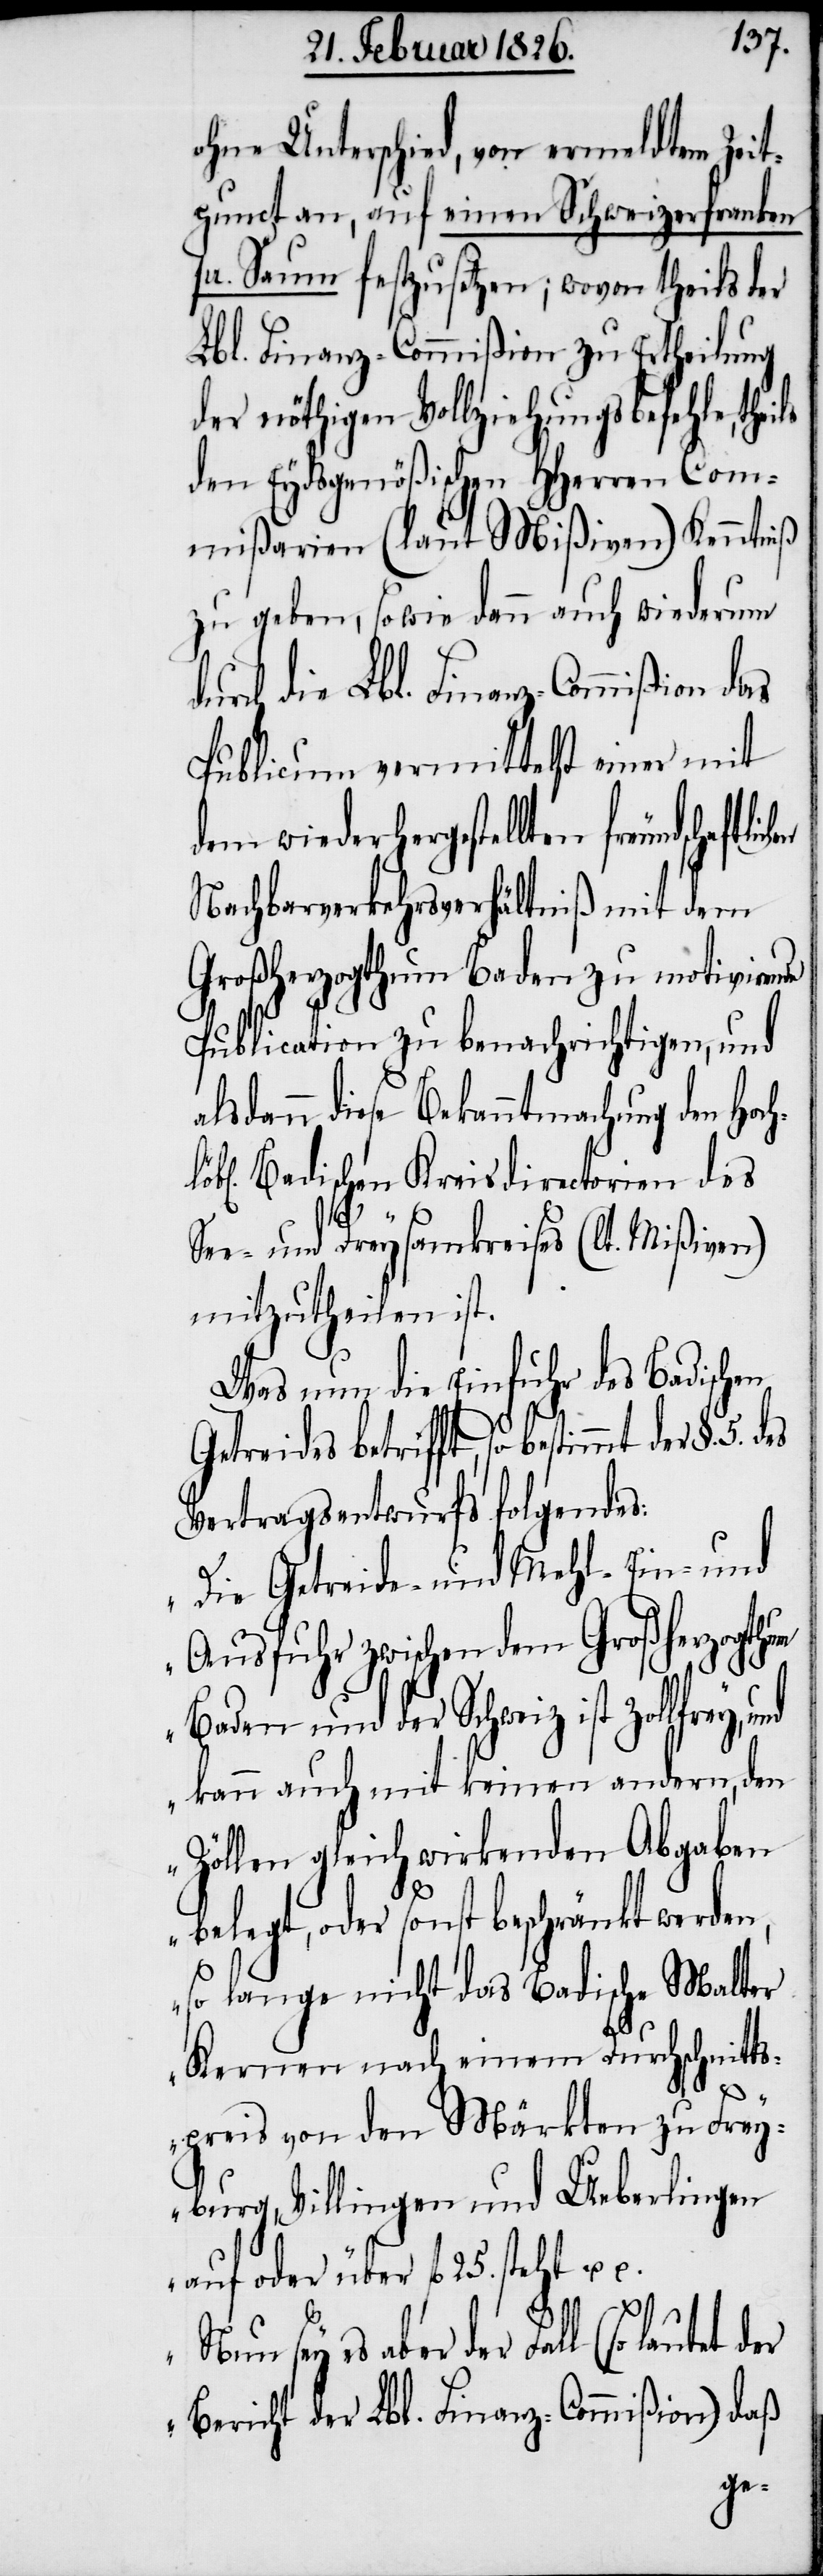
ohne Unterschied, von ermeldtem Zeit¬
punct an, auf einen Schweizerfranken
pr. Saum festzusetzen; wovon theils der
Lbl. Finanz-Commißion zu Ertheilung
der nöthigen Vollziehungsbefehle, the¬
den Eydsgenößischen HHerren Com¬
mißarien (laut Mißiven) Kenntniß
zu geben, sowie dann auch wiederum
durch die Lbl. Finanz-Commißion das
Publicum vermittelst einer mit
dem wiederhergestellten freundscha¬
Nachbarverkehrsverhältniß mit dem
Großherzogthum Baden zu motivirend¬
u.
Publication zu benachrichtigen, und
alsdann diese Bekanntmachung den Hoc¬
löbl. Badischen Kreisdirectorien des
sey
See- und Dreysamkreises (lt. Mißiven)
mitzutheilen ist.
Was nun die Einfuhr des Badischen
Getreides betrifft, so bestimmt der §.
Vertragsentwurfs folgendes:
„Die Getreide- und Mehl-Ein- und
Ausfuhr zwischen dem Großherzogthum
Baden und der Schweiz ist zollfrey,
kann auch mit keinen andern, den
Zöllen gleich wirkenden Abgaben
legt, oder sonst beschränkt werden,
so lange nicht das Badische Malter
Kernen nach einem Durchschnitt¬
5.
spreis von den Märkten zu Frey¬
burg, Villingen und Ueberlingen
auf oder über fl. 25. steht u.
es aber der Fall (so lautet
Bericht der Lbl. Finanz-Commißion) daß